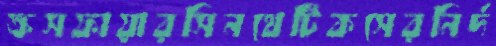
ক্রসফায়ারসিনথেটিকসেরনির্দ